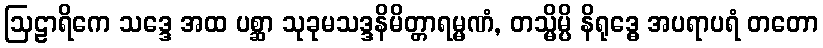
ဩဠာရိကေ သဒ္ဒေ အထ ပစ္ဆာ သုခုမသဒ္ဒနိမိတ္တာရမ္မဏံ, တသ္မိမ္ပိ နိရုဒ္ဓေ အပရာပရံ တတော